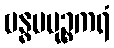
ဗန္ဓပမုဉ္စကရံ